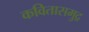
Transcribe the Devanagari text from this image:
कवितासमुद्र